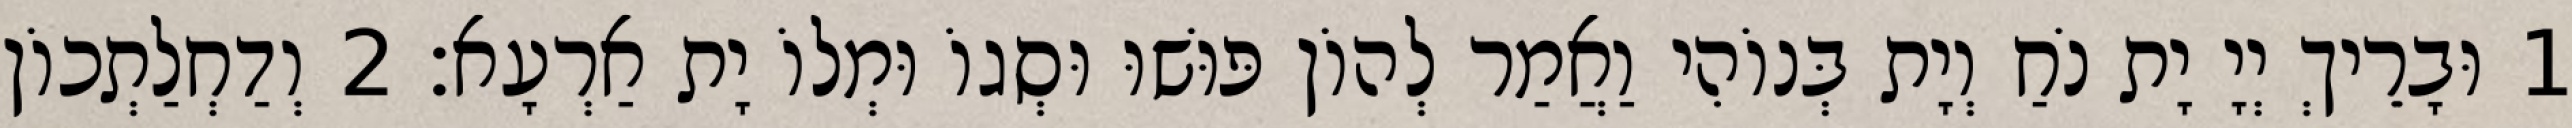
1 וּבָרֵיךְ יְיָ יָת נֹחַ וְיָת בְּנוֹהִי וַאֲמַר לְהוֹן פּוּשׁוּ וּסְגוֹ וּמְלוֹ יָת אַרְעָא׃ 2 וְדַחְלַתְכוֹן